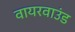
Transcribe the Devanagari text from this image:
वायरवाउंड